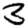
Digit: 3